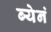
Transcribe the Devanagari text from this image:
ब्येनं